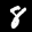
Label: 8